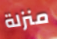
منزلة